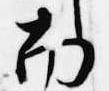
南